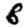
Digit: 8